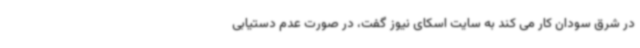
در شرق سودان کار می کند به سایت اسکای نیوز گفت، در صورت عدم دستیابی